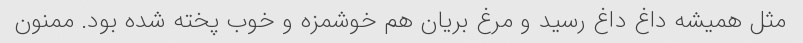
مثل همیشه داغ داغ رسید و مرغ بریان هم خوشمزه و خوب پخته شده بود. ممنون